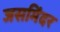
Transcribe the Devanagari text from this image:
जसमिंदर